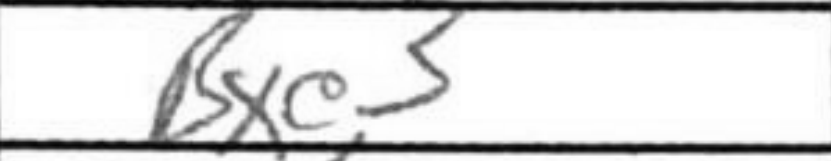
Transcription: Bxe3